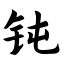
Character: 钝